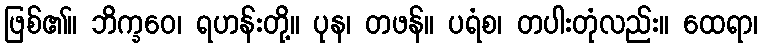
ဖြစ်၏။ ဘိက္ခဝေ၊ ရဟန်းတို့။ ပုန၊ တဖန်။ ပရံစ၊ တပါးတုံလည်း။ ထေရာ၊